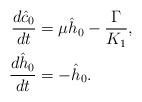
LaTeX: \begin{align*}\frac{d\hat c_0}{dt}&=\mu \hat h_0 - \frac{\Gamma}{K_1},\\\frac{d\hat h_0}{dt}&=-\hat h_0.\end{align*}